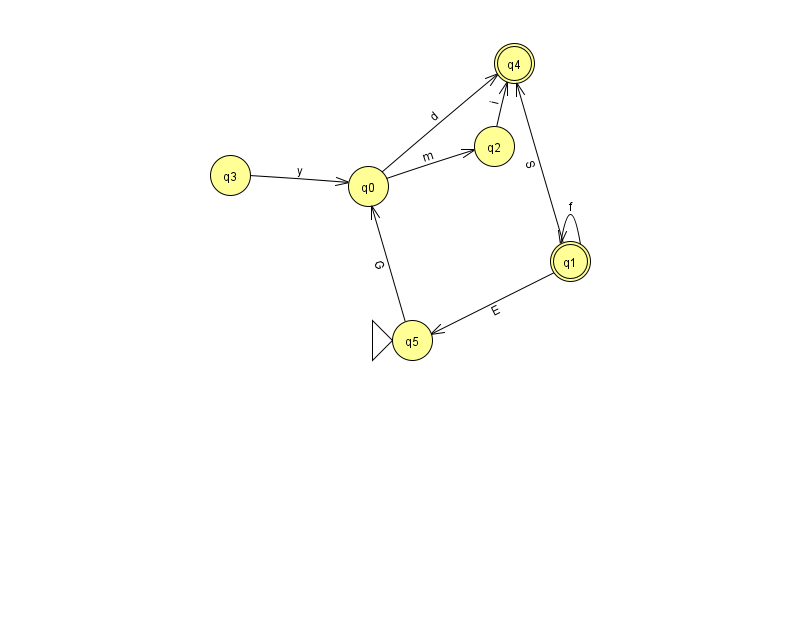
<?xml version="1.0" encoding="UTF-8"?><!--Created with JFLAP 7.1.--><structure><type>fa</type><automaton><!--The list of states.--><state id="0" name="q0"><x>368.0</x><y>173.0</y></state><state id="1" name="q1"><x>570.0</x><y>248.0</y><final/></state><state id="2" name="q2"><x>494.0</x><y>133.0</y></state><state id="3" name="q3"><x>230.0</x><y>162.0</y></state><state id="4" name="q4"><x>514.0</x><y>50.0</y><final/></state><state id="5" name="q5"><x>412.0</x><y>327.0</y><initial/></state><!--The list of transitions.--><transition><from>1</from><to>5</to><read>E</read></transition><transition><from>5</from><to>0</to><read>G</read></transition><transition><from>0</from><to>2</to><read>m</read></transition><transition><from>1</from><to>1</to><read>f</read></transition><transition><from>2</from><to>4</to><read>i</read></transition><transition><from>1</from><to>4</to><read>S</read></transition><transition><from>3</from><to>0</to><read>y</read></transition><transition><from>0</from><to>4</to><read>d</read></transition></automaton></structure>